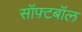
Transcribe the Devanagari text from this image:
सॉफ़्टबॉल